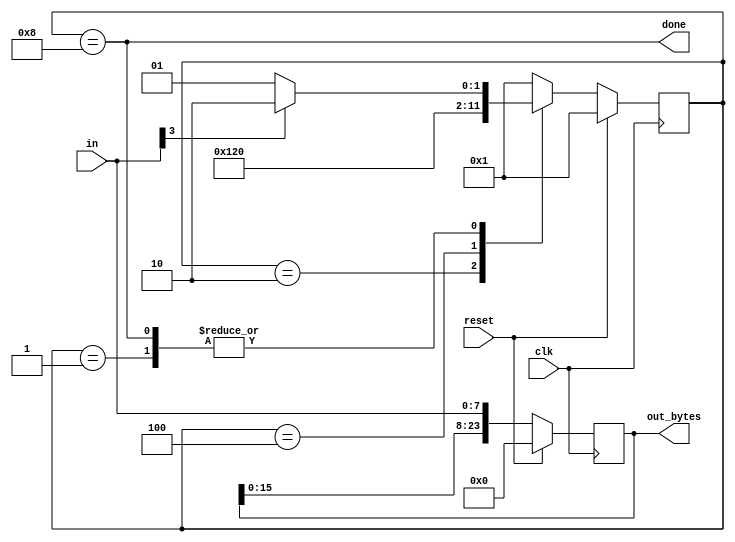
module top_module (
    input           clk,
    input   [7:0]   in,
    input           reset,
    output  [23:0]  out_bytes,
    output          done
);

    parameter       WAIT_B1 = 4'b0001,
                    WAIT_B2 = 4'b0010,
                    WAIT_B3 = 4'b0100,
                    DONE    = 4'b1000;

    reg     [3:0]   state;
    reg     [3:0]   state_next;

    // State transition logic (combinational)
    always @(*) begin
        case (state)
        WAIT_B1 : state_next = in[3] ? WAIT_B2 : WAIT_B1;
        WAIT_B2 : state_next = WAIT_B3;
        WAIT_B3 : state_next = DONE;
        DONE    : state_next = in[3] ? WAIT_B2 : WAIT_B1;
        default : state_next = WAIT_B1;
        endcase
    end

    // State flip-flops (sequential)
    always @(posedge clk) begin
        if(reset) begin
            state <= WAIT_B1;
        end else begin
            state <= state_next;
        end
    end

    // Output logic
    assign done = (state == DONE);

    reg     [23:0]  data;
    always @(posedge clk) begin
        if (reset) begin
            data <= '0;
        end else begin
            data <= {data[15:0], in};
        end
    end

    assign out_bytes = data;

endmodule